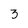
Character: 3